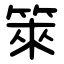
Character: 箂